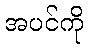
အပင်ကို